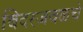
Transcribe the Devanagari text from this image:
बिदरजवळचे